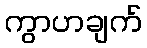
ကွာဟချက်